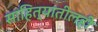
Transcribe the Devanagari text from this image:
साहित्यातीलही